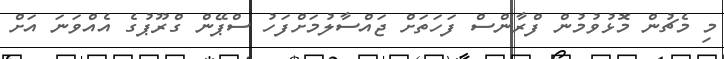
މި މެޗުން މޮޅުވުމުން ފްރާންސް ފަހަތަށް ޖައްސާލުމަށްފަހު ސްޕޭން ގްރޫޕުގެ އެއްވަނަ އަށް